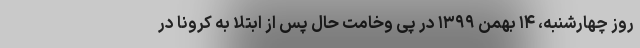
روز چهارشنبه، ۱۴ بهمن ۱۳۹۹ در پی وخامت حال پس از ابتلا به کرونا در